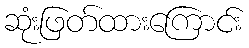
ဆုံးဖြတ်ထားကြောင်း